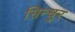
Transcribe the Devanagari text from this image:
सिन्‍धुर